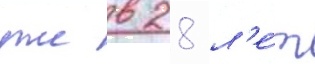
уже в 28 л'е́т